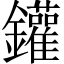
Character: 鑵